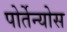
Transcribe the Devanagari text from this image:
पोर्तेन्योस